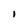
Character: I